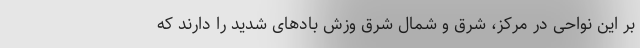
بر این نواحی در مرکز، شرق و شمال شرق وزش باد‌های شدید را دارند که